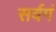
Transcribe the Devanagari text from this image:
सर्वगं